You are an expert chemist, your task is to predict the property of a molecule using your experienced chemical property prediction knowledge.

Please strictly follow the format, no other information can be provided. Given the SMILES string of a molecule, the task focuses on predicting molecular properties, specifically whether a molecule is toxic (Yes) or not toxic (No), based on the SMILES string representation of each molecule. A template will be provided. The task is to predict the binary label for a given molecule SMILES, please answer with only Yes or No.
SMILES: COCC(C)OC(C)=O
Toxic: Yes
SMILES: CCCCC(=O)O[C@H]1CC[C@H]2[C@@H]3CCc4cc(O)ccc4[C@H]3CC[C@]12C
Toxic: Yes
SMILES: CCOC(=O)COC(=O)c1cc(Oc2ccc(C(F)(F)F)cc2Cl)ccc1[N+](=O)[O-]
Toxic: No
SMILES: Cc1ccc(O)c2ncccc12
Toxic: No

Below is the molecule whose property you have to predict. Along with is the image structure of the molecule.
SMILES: ClC1(Cl)C2(Cl)C3(Cl)C4(Cl)C(Cl)(Cl)C5(Cl)C3(Cl)C1(Cl)C5(Cl)C24Cl
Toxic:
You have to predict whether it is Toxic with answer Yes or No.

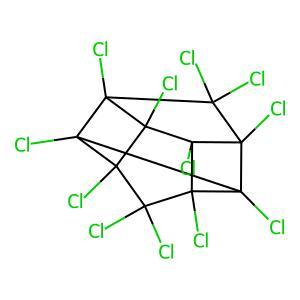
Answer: No